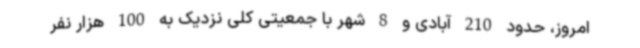
امروز، حدود 210 آبادی و 8 شهر با جمعیتی کلی نزدیک به 100 هزار نفر